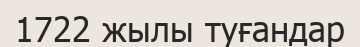
1722 жылы туғандар